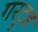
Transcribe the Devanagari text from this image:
गरट्रुड